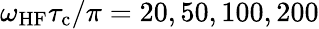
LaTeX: \omega_{\mathrm{HF}}\tau_{\mathrm{c}}/\pi=20,50,100,200